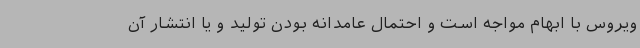
ویروس با ابهام مواجه است و احتمال عامدانه بودن تولید و یا انتشار آن